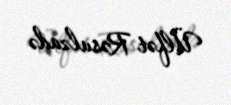
Ülfət Rəsulzadə